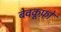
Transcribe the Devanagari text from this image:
बेवकूफ़ों